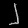
Digit: ၂